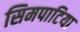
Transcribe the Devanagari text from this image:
सिमपाटिया